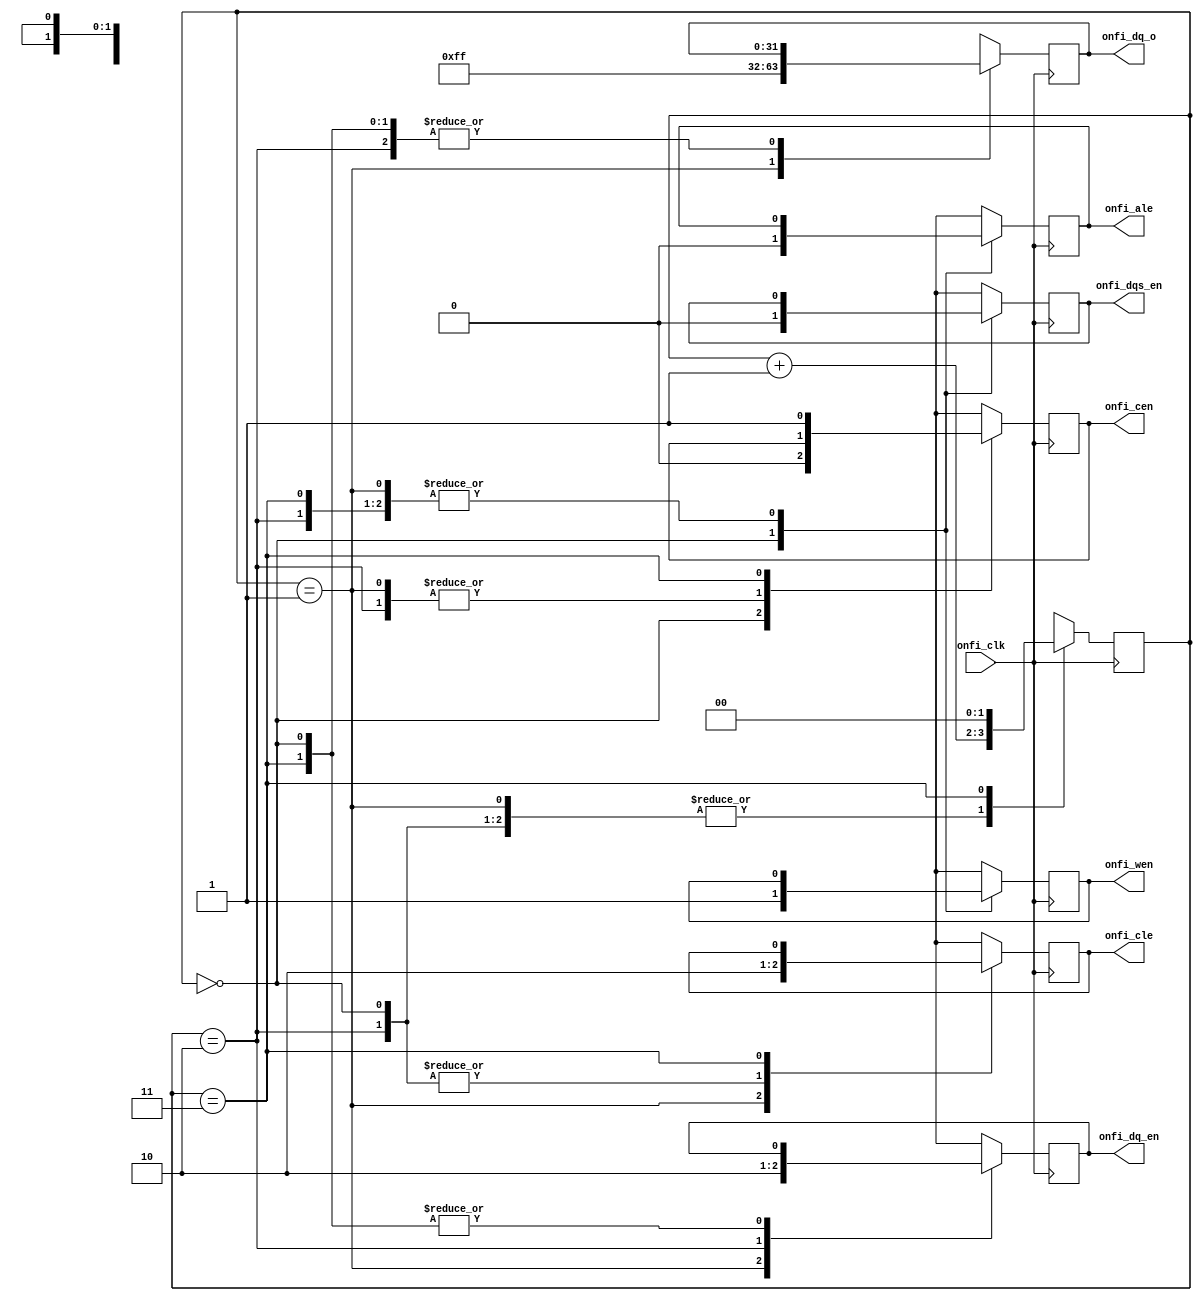
module reset(
    input wire onfi_clk,
    output reg onfi_cen,
    output reg onfi_cle,
    output reg onfi_ale,
    output reg onfi_wen,
    output reg onfi_dqs_en,
    output reg [31:0] onfi_dq_o,
    output reg onfi_dq_en
);

initial begin
    onfi_cen = 0;
    onfi_cle = 0;
    onfi_ale = 0;
    onfi_wen = 0;
    onfi_dqs_en = 0;
    onfi_dq_o = 32'h00;
    onfi_dq_en = 0;
end

reg [1:0] state = 0;

always @(negedge onfi_clk) begin
    case (state)
        0: begin
            onfi_cen = 0;
            onfi_cle = 0;
            onfi_ale = 0;
            onfi_wen = 1;
            onfi_dqs_en = 0;
            state = state + 1;
        end
        1: begin
            onfi_cle = 1;
            onfi_dq_o = 32'hFF;
            onfi_dq_en = 1;
            state = state + 1;
        end
        2: begin
            onfi_cle = 0;
            onfi_dq_en = 0;
            state = state + 1;
        end
        3: begin
            onfi_cen = 1;
            state = 0;
        end
        default: begin
            state = 0;
        end
    endcase
end

endmodule